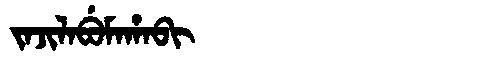
Manchu: ᠵᠠᠵᡳᠯᠠᠪᡠᠮᠠᡥᠠᠪᡳ
Romanization: JAJILABUMAHABI